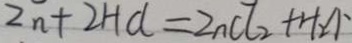
Z n + 2 H C l = Z n C l _ { 2 } + H _ { 2 } \uparrow